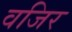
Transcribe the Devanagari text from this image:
वजिर